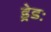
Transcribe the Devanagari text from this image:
ड्रेडः